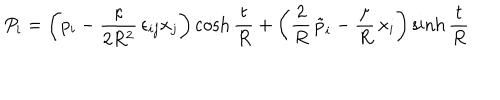
P _ { i } = \left( p _ { i } - \frac { \kappa } { 2 R ^ { 2 } } \, \epsilon _ { i j } x _ { j } \right) \cosh \frac { t } { R } + \left( \frac { 2 } { R } \, \tilde { p } _ { i } - \frac { \mu } { R } \, x _ { i } \right) \sinh \frac { t } { R }